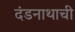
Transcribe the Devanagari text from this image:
दंडनाथाची